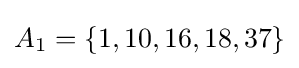
A_{1}=\{1,10,16,18,37\}